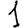
Digit: 1